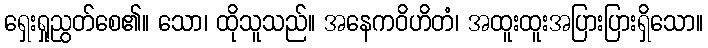
ရှေးရှုညွတ်စေ၏။ သော၊ ထိုသူသည်။ အနေကဝိဟိတံ၊ အထူးထူးအပြားပြားရှိသော။